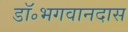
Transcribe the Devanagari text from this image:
डॉ॰भगवानदास